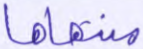
منتهاها